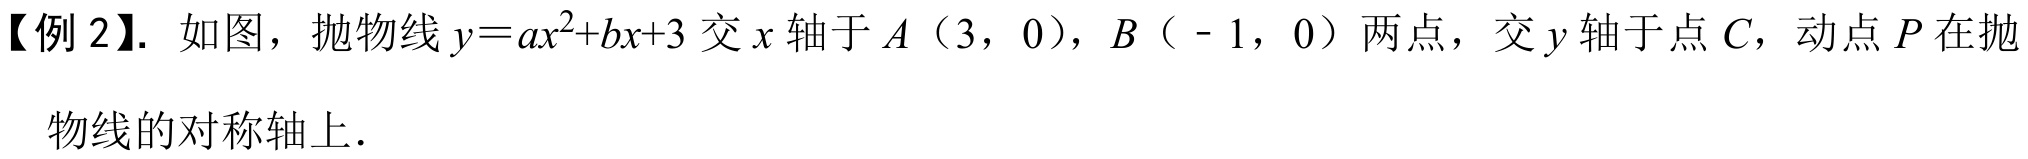
【例2】. 如图，抛物线$y = ax^{2}+bx + 3$交$x$轴于$A$（3，0），$B$（ - 1，0）两点，交$y$轴于点$C$，动点$P$在抛

物线的对称轴上．